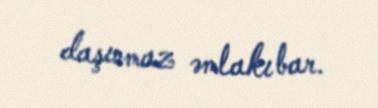
daşınmaz əmlakı bar.